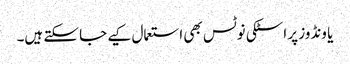
یا ونڈوز پر اسٹکی نوٹس بھی استعمال کیے جا سکتے ہیں۔